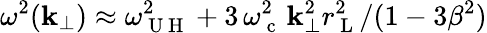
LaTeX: \omega^{2}(\mathbf{k}_{\perp})\approx\omega_{\mathrm{{~U~H~}}}^{2}+3\, \omega_{\mathrm{{~c~}}}^{2}\, \mathbf{k}_{\perp}^{2}r_{\mathrm{{~L~}}}^{2}/(1-3\beta^{2})